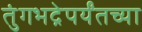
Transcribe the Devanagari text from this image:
तुंगभद्रेपर्यंतच्या